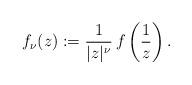
LaTeX: \begin{align*}f_\nu(z) := \frac{1}{|z|^{\nu}}\,f\left(\frac{1}{z}\right).\end{align*}